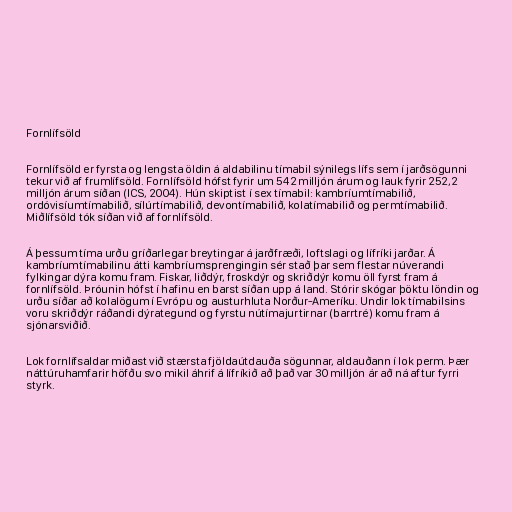
Fornlífsöld

Fornlífsöld er fyrsta og lengsta öldin á aldabilinu tímabil sýnilegs lífs sem í jarðsögunni
tekur við af frumlífsöld. Fornlífsöld hófst fyrir um 542 milljón árum og lauk fyrir 252,2
milljón árum síðan (ICS, 2004). Hún skiptist í sex tímabil: kambríumtímabilið,
ordóvisíumtímabilið, sílúrtímabilið, devontímabilið, kolatímabilið og permtímabilið.
Miðlífsöld tók síðan við af fornlífsöld.

Á þessum tíma urðu gríðarlegar breytingar á jarðfræði, loftslagi og lífríki jarðar. Á
kambríumtímabilinu átti kambríumsprengingin sér stað þar sem flestar núverandi
fylkingar dýra komu fram. Fiskar, liðdýr, froskdýr og skriðdýr komu öll fyrst fram á
fornlífsöld. Þróunin hófst í hafinu en barst síðan upp á land. Stórir skógar þöktu löndin og
urðu síðar að kolalögum í Evrópu og austurhluta Norður-Ameríku. Undir lok tímabilsins
voru skriðdýr ráðandi dýrategund og fyrstu nútímajurtirnar (barrtré) komu fram á
sjónarsviðið.

Lok fornlífsaldar miðast við stærsta fjöldaútdauða sögunnar, aldauðann í lok perm. Þær
náttúruhamfarir höfðu svo mikil áhrif á lífríkið að það var 30 milljón ár að ná aftur fyrri
styrk.